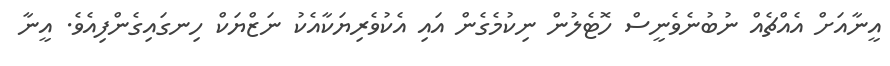
އީނާއަށް އެއްޗެއް ނުބުނެވެނީސް ހޮޓެލުން ނިކުމެގެން އައި އެކުވެރިޔަކާއެކު ނަޒްޔަކް ހިނގައިގެންފިއެވެ. އީނާ